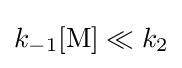
k_{-1}[{\ce {M}}]\ll k_{2}